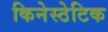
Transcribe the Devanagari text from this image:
किनेस्ठेटिक